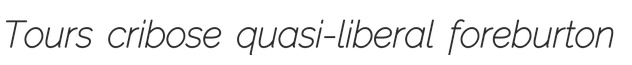
Tours cribose quasi-liberal foreburton